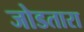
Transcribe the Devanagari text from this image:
जोडतारा